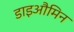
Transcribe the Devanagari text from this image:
डाइऔमिन